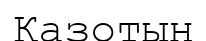
Қазотын